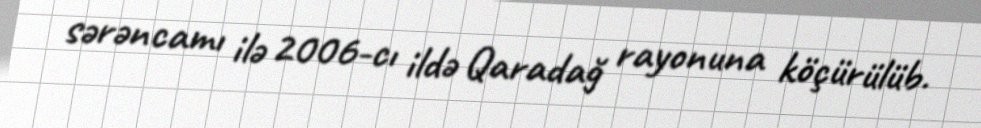
sərəncamı ilə 2006-cı ildə Qaradağ rayonuna köçürülüb.